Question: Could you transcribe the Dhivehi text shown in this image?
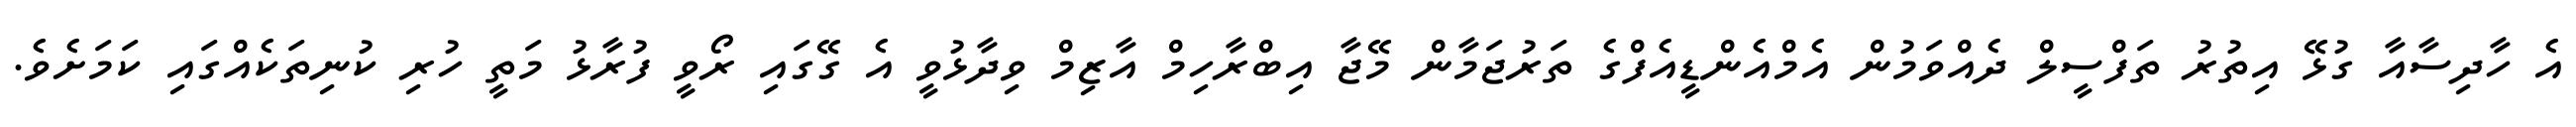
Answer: އެ ހާދިސާއާ ގުޅޭ އިތުރު ތަފްސީލް ދެއްވަމުން އެމްއެންޑީއެފްގެ ތަރުޖަމާން މޭޖާ އިބްރާހިމް އާޒިމް ވިދާޅުވީ އެ ގޭގައި ރޯވީ ފުރާޅު މަތީ ހުރި ކުނިތަކެއްގައި ކަމަށެވެ.